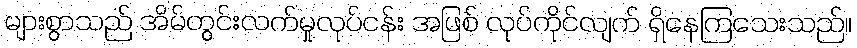
များစွာသည် အိမ်တွင်းလက်မှုလုပ်ငန်း အဖြစ် လုပ်ကိုင်လျက် ရှိနေကြသေးသည်။